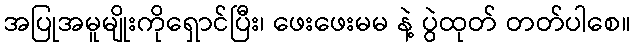
အပြုအမူမျိုးကိုရှောင်ပြီး၊ ဖေးဖေးမမ နဲ့ ပွဲထုတ် တတ်ပါစေ။